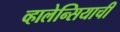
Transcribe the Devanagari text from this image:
व्हालेन्सियाची